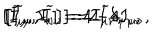
\left[ \widetilde { I } _ { \mu } , I _ { \nu } \right] = 2 \widetilde { I } \delta _ { \mu \nu } , \hspace { 0 . 3 i n } \left[ I _ { \mu } , I _ { \nu } \right] = 4 I _ { \mu \nu } , \hspace { 0 . 3 i n } \left[ \widetilde { I } _ { \mu } , \widetilde { I } _ { \nu } \right] = - 4 I _ { \mu \nu } ,